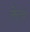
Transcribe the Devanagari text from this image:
लेट्च